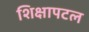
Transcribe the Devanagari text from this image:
शिक्षापटल